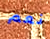
نعم